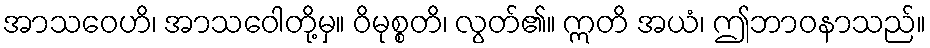
အာသဝေဟိ၊ အာသဝေါတို့မှ။ ဝိမုစ္စတိ၊ လွတ်၏။ ဣတိ အယံ၊ ဤဘာဝနာသည်။